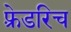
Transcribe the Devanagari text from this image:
फ़्रेडरिच